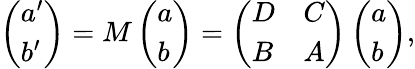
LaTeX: \left(\begin{array}{l}{{a^{\prime}}}\\ {{b^{\prime}}}\end{array}\right)=M\left(\begin{array}{l}{{a}}\\ {{b}}\end{array}\right)=\left(\begin{array}{ll}{{D}}&{{C}}\\ {{B}}&{{A}}\end{array}\right)\left(\begin{array}{l}{{a}}\\ {{b}}\end{array}\right),